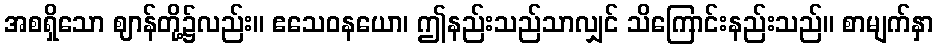
အစရှိသော ဈာန်တို့၌လည်း။ ဧသေဝနယော၊ ဤနည်းသည်သာလျှင် သိကြောင်းနည်းသည်။ စာမျက်နှာ